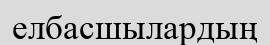
елбасшылардың